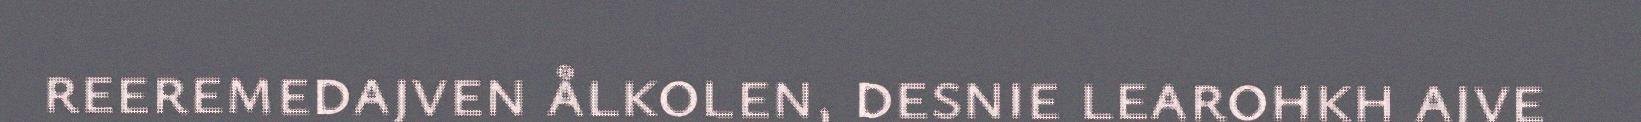
reeremedajven ålkolen, desnie learohkh ajve